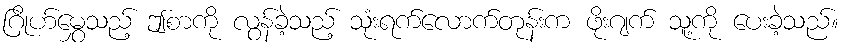
ဂြိုဟ်မွှေသည့် ဤစာကို လွန်ခဲ့သည့် သုံးရက်လောက်တုန်းက ဖိုးဂျက် သူ့ကို ပေးခဲ့သည်။